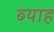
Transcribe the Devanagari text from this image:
ब्‍याह